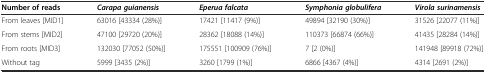
<table><thead><tr><td><b>Number of reads</b></td><td><b><i>Carapa guianensis</i></b></td><td><b><i>Eperua falcata</i></b></td><td><b><i>Symphonia globulifera</i></b></td><td><b><i>Virola surinamensis</i></b></td></tr></thead><tbody><tr><td>From leaves [MID1]</td><td>63016 [43334 (28%)]</td><td>17421 [11417 (9%)]</td><td>49894 [32190 (30%)]</td><td>31526 [22077 (11%)]</td></tr><tr><td>From stems [MID2]</td><td>47100 [29720 (20%)]</td><td>28362 [18088 (14%)]</td><td>110373 [66874 (66%)]</td><td>41435 [28284 (14%)]</td></tr><tr><td>From roots [MID3]</td><td>132030 [77052 (50%)]</td><td>175551 [100909 (76%)]</td><td>7 [2 (0%)]</td><td>141948 [89918 (72%)]</td></tr><tr><td>Without tag</td><td>5999 [3435 (2%)]</td><td>3260 [1799 (1%)]</td><td>6866 [4367 (4%)]</td><td>4314 [2691 (2%)]</td></tr></tbody></table>